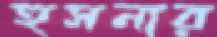
হুসনার